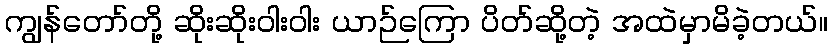
ကျွန်တော်တို့ ဆိုးဆိုးဝါးဝါး ယာဉ်ကြော ပိတ်ဆို့တဲ့ အထဲမှာမိခဲ့တယ်။